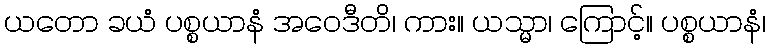
ယတော ခယံ ပစ္စယာနံ အဝေဒီတိ၊ ကား။ ယသ္မာ၊ ကြောင့်။ ပစ္စယာနံ၊